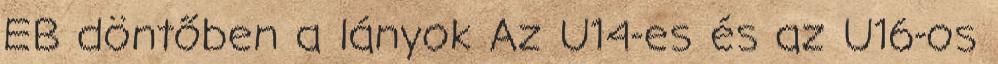
EB döntőben a lányok Az U14-es és az U16-os